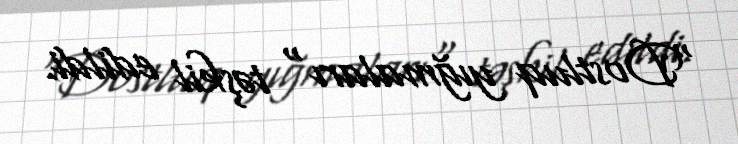
"Dostluq yığmaları" təşkil edildi.